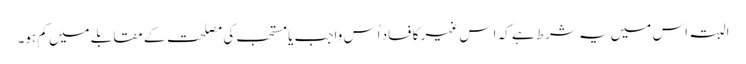
البتہ اس میں یہ شرط ہے کہ اِس غیر کا فساد اُس واجب یا مستحب کی مصلحت کے مقابلے میں کم ہو۔